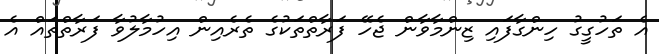
އެ ތަހުގީގު ހިންގާފައި ޒިންމާވާން ޖެހޭ ފަރާތްތަކުގެ ތެރެއިން އިހުމާލުވާ ފަރާތްތައް އެ